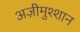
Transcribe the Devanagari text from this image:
अज़ीमुश्शान